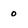
Character: 0